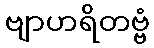
ဗျာဟရိတဗ္ဗံ